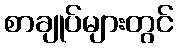
စာချုပ်များတွင်